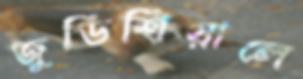
জুডিশিয়ালে